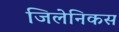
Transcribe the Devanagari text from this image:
जिलेनिकस